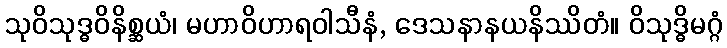
သုဝိသုဒ္ဓဝိနိစ္ဆယံ၊ မဟာဝိဟာရဝါသီနံ, ဒေသနာနယနိဿိတံ။ ဝိသုဒ္ဓိမဂ္ဂံ